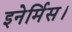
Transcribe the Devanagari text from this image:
इनेर्मिस।